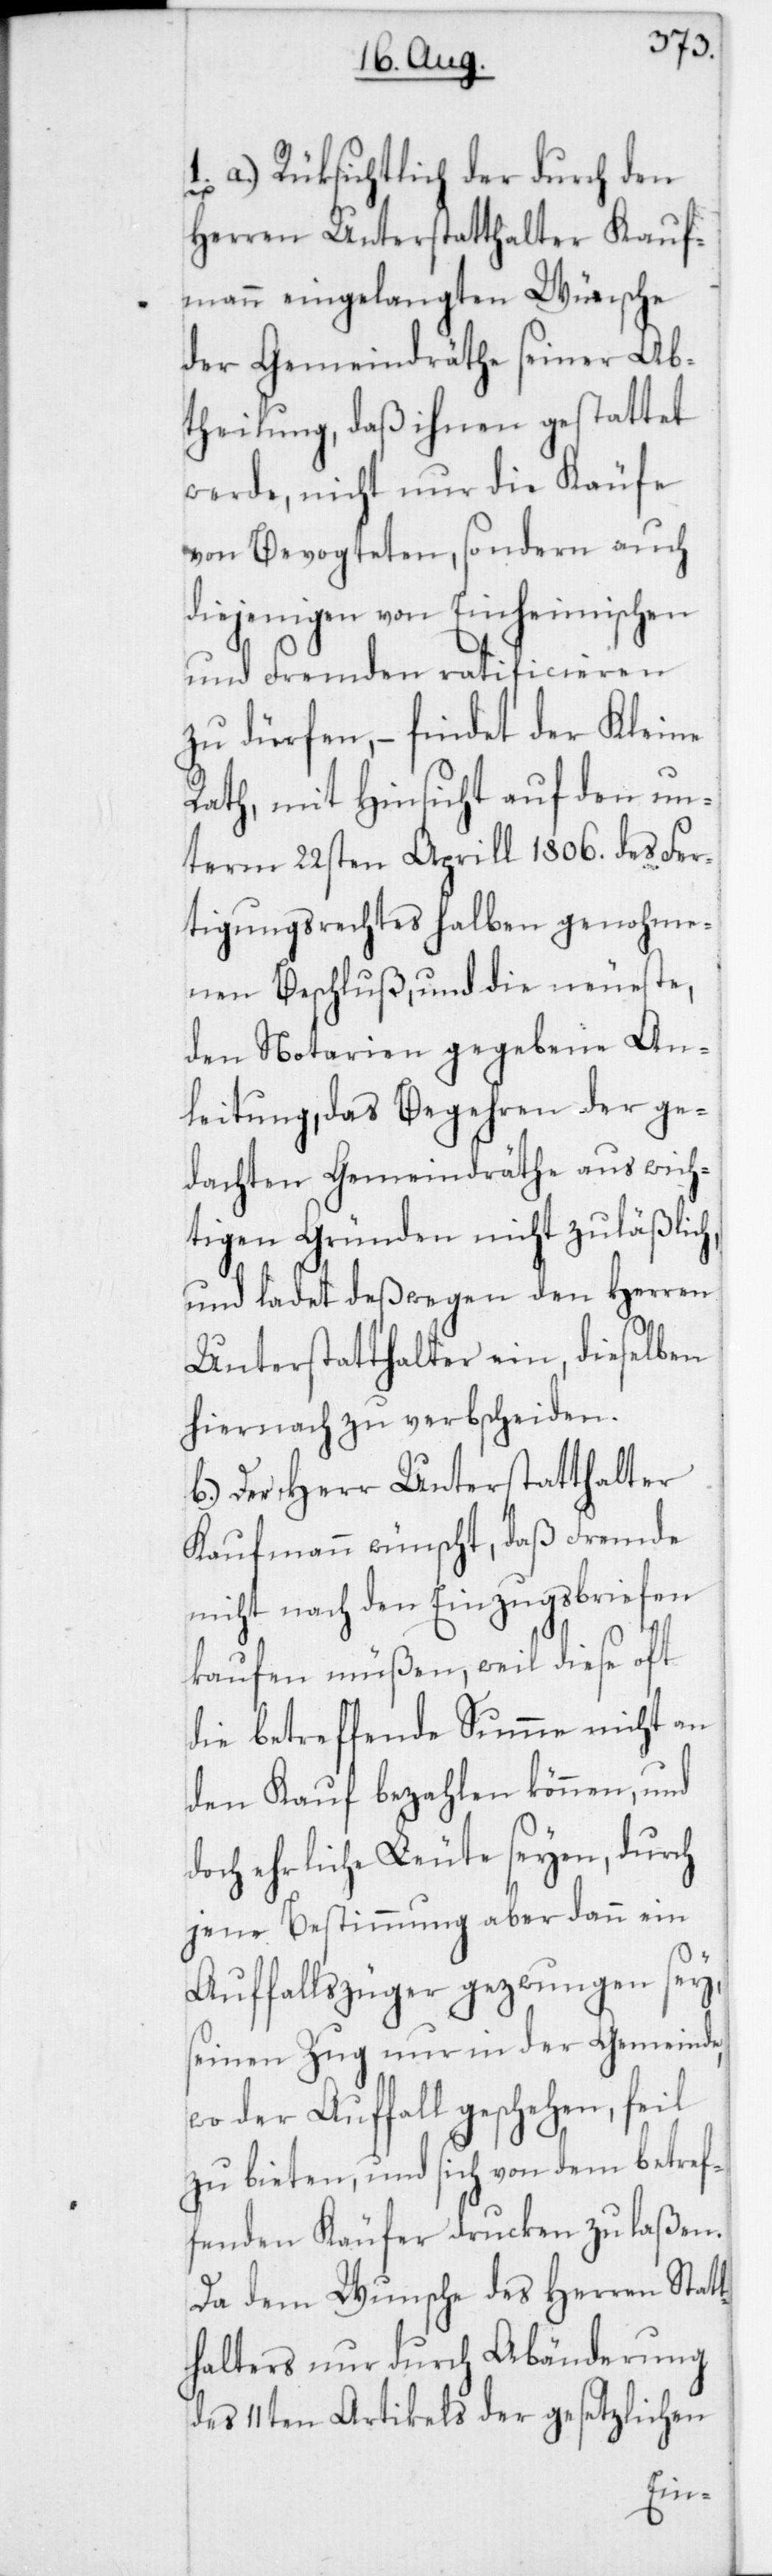
1. a) Rüksichtlich der durch den
Herren Unterstatthalter Kauf¬
mann eingelangten Wünsche
der Gemeindräthe seiner Ab¬
theilung, daß ihnen gestattet
werde, nicht nur die Käufe
von Bevogteten, sondern auch
diejenigen von Einheimischen
und Fremden ratificieren
zu dürfen, – findet der Kleine
Rath mit Hinsicht auf den un¬
term 22sten Aprill 1806. des Fer¬
tigungsrechtes halben genohme¬
nen Beschluß, und die neueste,
den Notarien gegebene An¬
leitung, das Begehren der ge¬
dachten Gemeindräthe aus wich¬
tigen Gründen nicht zuläßlich,
und ladet deßwegen den Herren
Unterstatthalter ein, dieselben
hiernach zu verbscheiden.
b) Der Herr Unterstatthalter
Kaufmann wünscht, daß Fremde
nicht nach den Einzugsbriefen
kaufen müßen, weil diese oft
die betreffende Summe nicht an
den Kauf bezahlen können, und
doch ehrliche Leute seyen, durch
jene Bestimmung aber dann ein
Auffallszüger gezwungen sey,
seinen Zug nur in der Gemeinde,
wo der Auffall geschehen, feil
zu bieten, und sich von dem betref¬
fenden Käufer drucken zu laßen.
Da dem Wunsche des Herren Statt¬
halters nur durch Abänderung
des 11ten Artikels der gesetzlichen